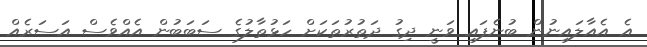
އެ އެއާލައިނުން ބުނެފައި ވަނީ ދިގު ދަތުރުތަކަށް ހަޅުތާލުގެ ސަބަބުން އެއްވެސް އަސަރެއް